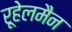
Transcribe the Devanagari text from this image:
रूहेलमैन